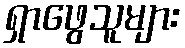
ရှာဖွေသူများ